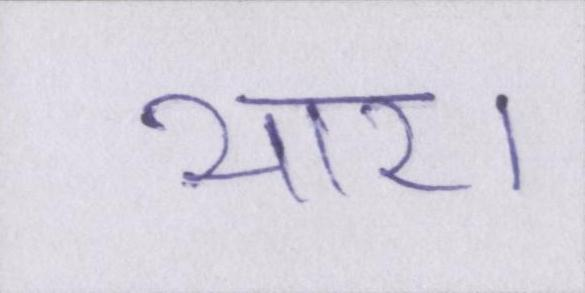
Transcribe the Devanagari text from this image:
यार।